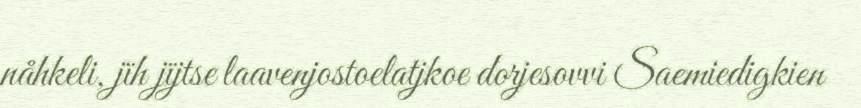
nåhkeli, jïh jïjtse laavenjostoelatjkoe dorjesovvi Saemiedigkien